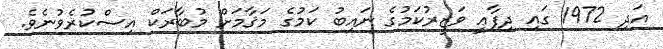
އަދި 1972 ގައި ދިފާޢީ ވަޒީރުކަމުގެ ނައިބު ކަމުގެ މަޤާމަށް މުބާރަކް އިސްކުރެވުނެވެ.